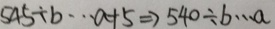
5 4 5 \div b \cdots a + 5 \Rightarrow 5 4 0 \div b \cdots a